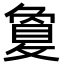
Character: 敻